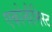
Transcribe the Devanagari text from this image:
एकोनौमिस्ट